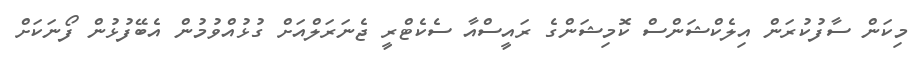
މިކަން ސާފުކުރަން އިލެކްޝަންސް ކޮމިޝަންގެ ރައީސްއާ ސެކެޓްރީ ޖެނަރަލްއަށް ގުޅުއްވުމުން އެބޭފުޅުން ފޯނަކަށް